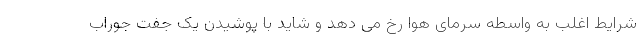
شرایط اغلب به واسطه سرمای هوا رخ می دهد و شاید با پوشیدن یک جفت جوراب